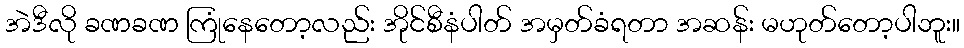
အဲဒီလို ခဏခဏ ကြုံနေတော့လည်း အိုင်စီနံပါတ် အမှတ်ခံရတာ အဆန်း မဟုတ်တော့ပါဘူး။